Report on sanitation, dispensaries, and jails in Rajputana for 1910, and on vaccination for the year 1910-1911 - 1910-1911
Year: 1910
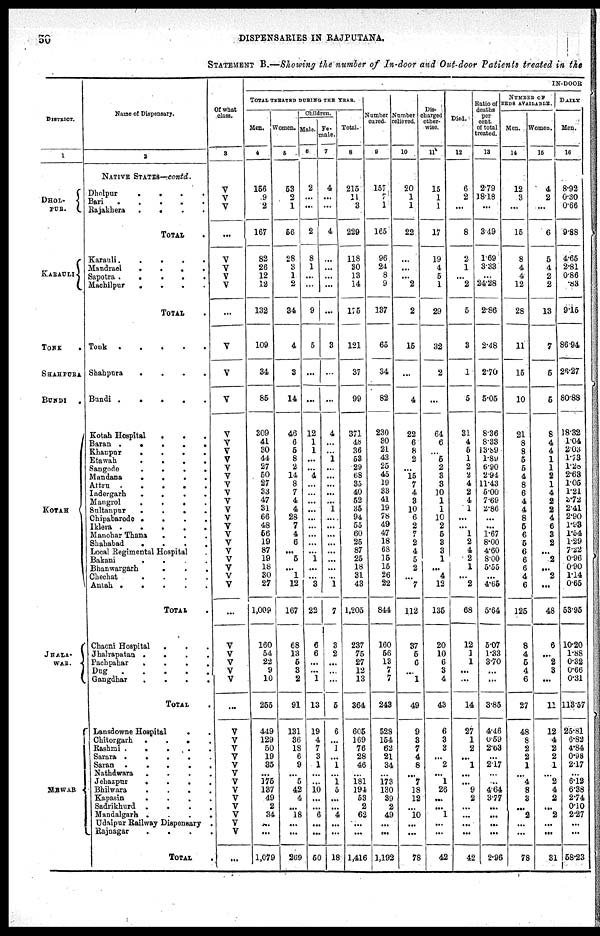
50
DISPENSARIES IN RAJPUTANA.
STATEMENT B.—Showing the number of In-door and Out-door Patients treated in the
DISTRICT.
1
DHOL-
PUR.
KARAULI
TONK
.
SHAHPURA
BUNDI
.
KOTAH
JHALA-
WAR.
MEWAR
Name of Dispensary.
2
NATIVE STATES—contd.
Dholpur
.
.
.
.
.
Bari . . . . . . . .
Rajakhera . . . . . . .
TOTAL .
Karauli . . . . . . .
Mandrael . . . . . . .
Sapotra . . . . . . .
Machilpur . . . . . . .
TOTAL .
Tonk
.
.
.
.
.
.
.
Shahpura . . . . . . . .
Bundi . . . . . . . . . .
Kotah Hospital . . . . . .
Baran . . . . . . .
Khanpur
.
.
.
.
.
.
Etawah . . . . . . .
Sangode . . . . . . .
Mandana . . . . . . .
Attru
.
.
.
.
.
.
.
Indergarh . . . . . . .
Mangrol . . . . . . .
Sultaupur . . . . . .
Chipabarode . . . . . .
Iklera . . . . . . . .
Manohar Thana . . . . . . .
Shahabad . . . . . . . .
Local Regimental Hospital . .
Bakani
.
.
.
.
.
Bhanwargarh . . . . . .
Chechat
.
.
.
.
.
Antah . . . . . . .
TOTAL .
Chaoni Hospital . . . . .
Jhalrapatan . . . . . . .
Pachpahar . . . . . . .
Dug
.
.
.
.
.
.
.
Gangdhar . . . . . . .
TOTAL
Lansdowne Hospital . . . .
Chitorgarh . . . . .
Rashmi
.
.
.
.
.
Sarara . . . . . .
Saran . . . . .
Nathdwara . . . . .
Jehazpur . . . . .
Bhilwara . . . . . . .
Kapasin . . . . . .
Sadrikhurd . . . . .
Mandalgarh . . . . . .
Udaipur Railway Dispensary .
Rajnagar . . . . . . .
TOTAL .
Of what
class.
3
V
V
V
...
V
V
V
V
...
V
V
V
V
V
V
V
V
V
V
V
V
V
V
V
V
V
V
V
V
V
V
...
V
V
V
V
V
...
V
V
V
V
V
V
V
V
V
V
V
V
V
...
IN-DOOR
TOTAL TREATED DURING THE YEAR.
Men.
4
156
9
2
167
82
26
12
12
132
109
34
85
309
41
30
44
27
50
27
33
47
31
66
48
56
19
87
19
18
30
27
1,009
160
54
22
9
10
255
449
129
50
19
35
...
175
137
49
2
34
...
...
1,079
Women.
5
53
2
1
56
28
3
1
2
34
4
3
14
46
6
5
8
2
14
8
7
4
4
28
7
4
6
...
5
...
1
12
167
68
13
5
3
2
91
131
36
18
6
9
...
5
42
4
...
18
...
...
269
Children.
Male.
6
2
...
...
2
8
1
...
...
9
5
...
...
12
1
1
...
...
4
...
...
...
...
...
...
...
...
...
1
...
...
3
22
6
6
...
...
1
13
19
4
7
3
1
...
...
10
...
...
6
...
...
50
Fe-
male.
7
4
...
...
4
...
...
...
...
...
3
...
...
4
...
...
1
...
...
...
...
...
1
...
...
...
...
...
...
...
...
1
7
3
2
...
...
...
5
6
...
1
...
1
...
1
5
...
...
4
...
...
18
Total.
8
215
11
3
229
118
30
13
14
175
121
37
99
371
48
36
53
29
68
35
40
52
35
94
55
60
25
87
25
18
31
43
1,205
237
75
27
12
13
364
605
169
76
28
46
...
181
194
53
2
62
...
...
1,416
Number
cured.
9
157
1
1
165
96
24
8
9
137
65
34
82
230
30
21
43
25
45
19
33
41
19
78
49
47
18
68
15
15
26
22
844
160
56
13
7
7
243
528
154
62
21
34
...
173
130
39
2
49
...
...
1,192
Number
relived.
10
20
1
1
22
...
...
...
2
2
15
...
4
22
6
8
2
...
15
7
4
3
10
6
2
7
2
4
5
2
...
7
112
37
5
6
...
1
49
9
3
7
4
8
...
7
18
12
...
10
...
...
78
Dis-
charged
other-
wise.
11
15
1
1
17
19
4
5
1
29
32
2
...
64
6
...
5
2
3
3
10
1
1
10
2
5
3
3
1
...
4
12
135
20
10
6
3
4
43
6
3
3
...
2
...
1
26
...
...
1
...
...
42
Died.
12
6
...
...
8
2
1
...
2
5
3
1
5
31
4
5
1
2
2
4
2
4
1
...
...
1
2
4
2
1
...
2
68
12
1
1
...
...
14
27
1
2
...
1
...
...
9
2
...
...
...
...
42
Ratio of
deaths
per
cent.
of total
treated.
13
2.79
...
...
3.49
1.69
3.33
...
24.28
2.86
2.48
2.70
5.05
8.36
8.33
13.89
1.89
6.90
2.94
11.43
5.00
7.69
2.86
...
...
1.67
8.00
4.60
8.00
5.44
...
4.65
5.64
5.07
1.33
3.70
...
...
3.85
4.46
0.59
2.63
...
2.17
...
...
4.64
3.77
...
...
...
...
2.96
NUMBER OF
BEDS AVAILABLE.
Men.
14
12
3
...
15
8
4
4
12
28
11
15
10
21
8
8
5
5
4
8
6
4
4
8
5
6
5
6
6
6
4
6
125
8
4
5
4
6
27
48
8
2
2
1
...
4
8
3
...
2
...
...
78
Women.
15
4
2
...
6
5
4
2
2
13
7
6
5
8
4
4
1
1
2
1
4
2
2
4
6
3
2
...
2
...
2
...
48
6
...
2
3
...
11
12
4
2
2
1
...
2
4
2
...
2
...
...
31
DAILY
Men.
16
8.92
0.30
0.66
9.88
4.65
2.81
0.86
.83
9.15
86.94
26.27
80.88
18.32
1.04
2.03
1.73
1.28
2.63
1.05
1.21
3.72
2.41
2.90
1.93
1.54
1.29
7.22
0.96
0.90
1.14
0.65
53.95
10.20
1.88
0.32
0.66
0.31
113.57
25.81
6.82
4.84
0.98
2.17
...
6.12
6.38
2.74
0.10
2.27
...
...
58.23